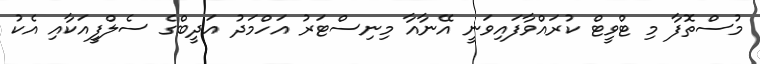
މުސްތޮފާ މި ޓްވީޓް ކުރައްވާފައިވަނީ އޭނާއާ މިނިސްޓަރު އަހްމަދު އަދީބްގެ ސެލްފީއަކާއި އެކު